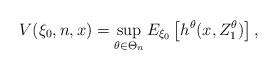
LaTeX: \begin{align*}V(\xi_0,n,x)= \sup_{\theta\in \Theta_n} E_{\xi_0}\left[h^\theta(x,Z_1^\theta)\right],\end{align*}